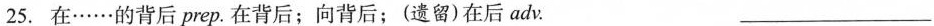
25.在······的背后prep。在背后；向背后；(遗留)在后adv. ___